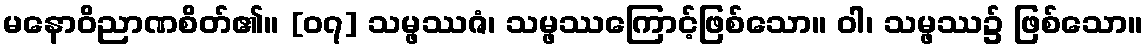
မနောဝိညာဏစိတ်၏။ [၀၇] သမ္ဖဿဇံ၊ သမ္ဖဿကြောင့်ဖြစ်သော။ ဝါ၊ သမ္ဖဿ၌ ဖြစ်သော။